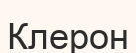
Клерон